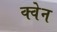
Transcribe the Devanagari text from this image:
क्वेन